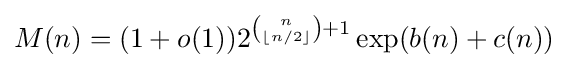
M(n)=(1+o(1))2^{{n \choose \lfloor n/2\rfloor }+1}\exp(b(n)+c(n))